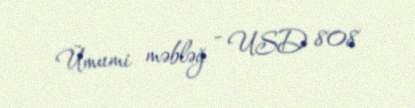
Ümumi məbləğ - USD 808